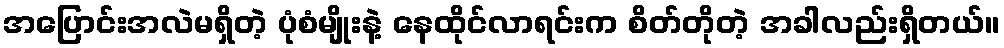
အပြောင်းအလဲမရှိတဲ့ ပုံစံမျိုးနဲ့ နေထိုင်လာရင်းက စိတ်တိုတဲ့ အခါလည်းရှိတယ်။